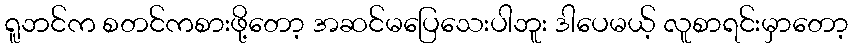
ရူဘင်က စတင်ကစားဖို့တော့ အဆင်မပြေသေးပါဘူး ဒါပေမယ့် လူစာရင်းမှာတော့